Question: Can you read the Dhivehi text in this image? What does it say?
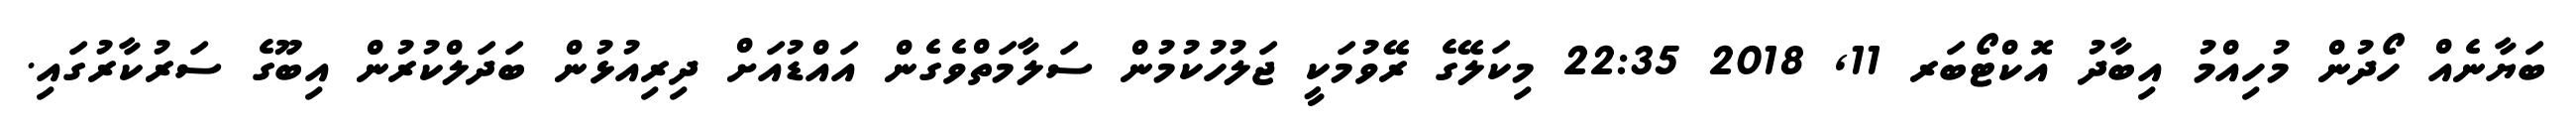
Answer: ބަޔާނެއް ހޯދުން މުހިއްމު އިބާދު އޮކްޓޯބަރ 11, 2018 22:35 މިކަލޭގެ ރޭވުމަކީ ޖަލުހުކުމުން ސަލާމަތްވެގެން އައްޑުއަށް ދިރިއުޅުން ބަދަލްކުރުން އިބޫގެ ސަރުކާރުގައި.